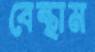
বেন্থাম